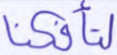
لتأفكنا